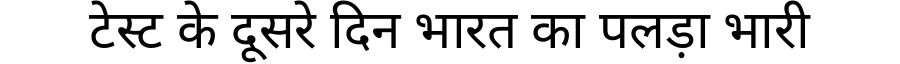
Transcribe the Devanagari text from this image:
टेस्ट के दूसरे दिन भारत का पलड़ा भारी